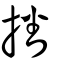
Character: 播